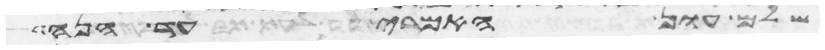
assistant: שלם עון האמרי עד הנה